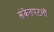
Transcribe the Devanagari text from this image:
संकेतपटलों